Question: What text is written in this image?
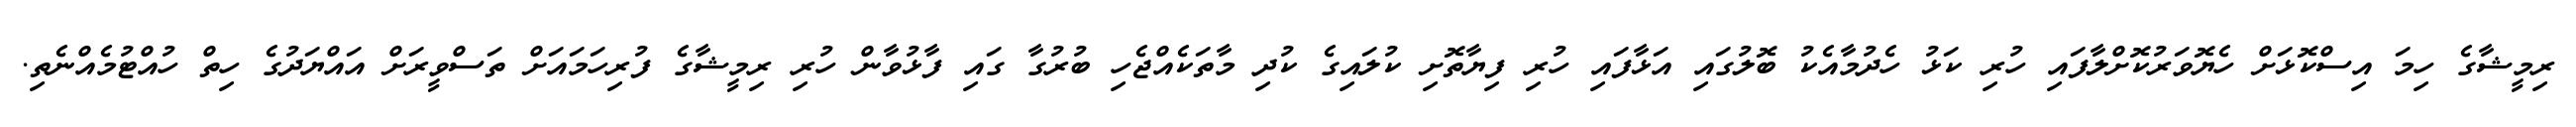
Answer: ރިމީޝާގެ ހިމަ އިސްކޮޅަށް ހެޔޮވަރުކޮށްލާފައި ހުރި ކަޅު ހެދުމާއެކު ބޮލުގައި އަޅާފައި ހުރި ފިޔާތޮށި ކުލައިގެ ކުދި މާތަކެއްޖެހި ބުރުގާ ގައި ފާޅުވާން ހުރި ރިމީޝާގެ ފުރިހަމައަށް ތަސްވީރަށް އައްޔަދުގެ ހިތް ހުއްޓުމެއްނެތި.